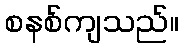
စနစ်ကျသည်။